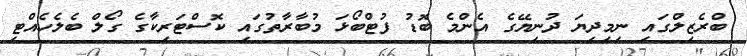
ބްރެޒިލްގައި ނިމިދިޔަ ދުނިޔޭގެ އެންމެ ބޮޑު ފުޓްބޯޅަ މުބާރާތުގައި ކޮސްޓަރިކާގެ ގޯލް ބެލެހެއްޓި